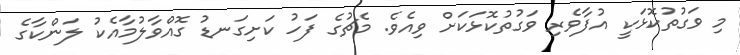
މި ވަގުތުކޮޅަކީ އުފާވެރި ވަގުތުކޮޅަކަށް ވިއެވެ. މެޗުގެ ފަހު ކަށިގަނޑު ގޮއްވާލުމާއެކު ލަންކާގެ